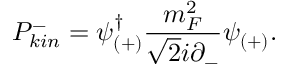
{ \cal P } _ { k i n } ^ { - } = \psi _ { ( + ) } ^ { \dagger } \frac { m _ { F } ^ { 2 } } { \sqrt { 2 } i \partial _ { - } } \psi _ { ( + ) } .